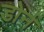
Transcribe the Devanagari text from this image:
डोर्न